Annual report of the Prince of Wales Medical College, Patna
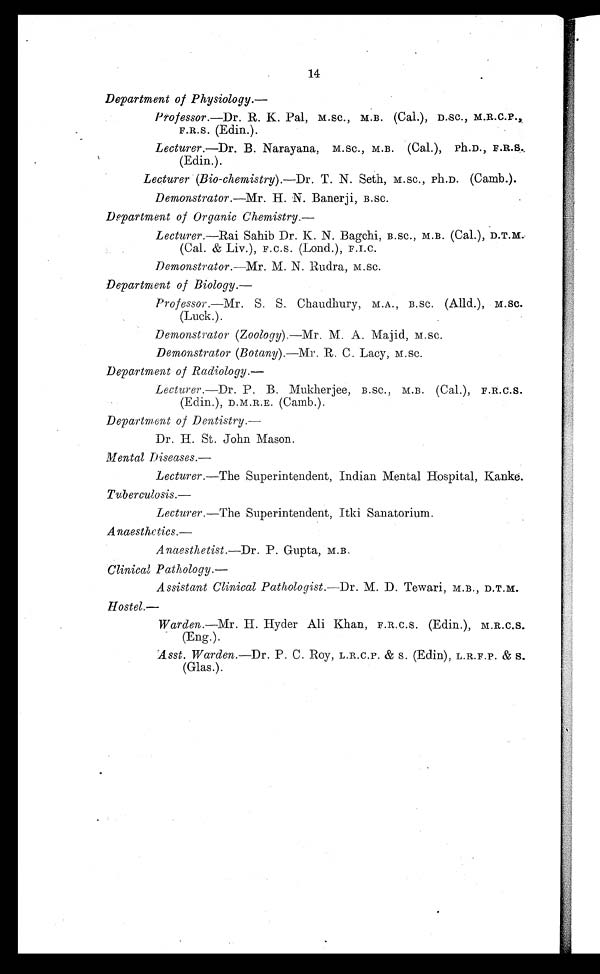
14
Department of Physiology.
—
Professor.—Dr. R. K. Pal , M. Sc. , M.B. (Cal.), D.SC., M.R.C.P.,
F.R.S. (Edin.).
Lecturer. —Dr. B. Narayana, M.SC., M.B. (Cal.), Ph.D., F.R.S.
(Edin.).
Lecturer (Bio-chemistry).—Dr. T. N. Seth, M.SC., Ph.D. (Camb.).
Demonstrator. —Mr. H. N. Banerji, B.SC.
Department of Organic Chemistry.
—
Lecturer. —Rai Sahib Dr. K. N. Bagchi, B.SC., M.B. (Cal.), D.T.M.
(Cal. & Liv.), F.C.S. (Lond.), F.I.C.
Demonstrator. —Mr. M. N. Rudra,
M.SC.
Department of Biology.
—
Professor. —Mr. S. S. Chaudhury, M.A., B.SC. (Alld.), M.SC.
(Luck.).
Demonstrator (Zoology).—Mr. M. A. Majid, M.SC.
Demonstrator (Botany).—Mr. R. C. Lacy, M.SC.
Department of Radiology.—
Lecturer. —Dr. P. B. Mukherjee, B.SC., M.B. (Cal.), F.R.C.S.
(Edin.), D.M.R.E. (Camb.).
Department of Dentistry.—
Dr. H. St. John Mason.
Mental Diseases.
—
Lecturer. —The Superintendent, Indian Mental Hospital, Kanke.
Tuberculosis.
—
Lecturer. —The Superintendent, Itki Sanatorium.
Anaesthetics.—
Anaesthetist. —Dr. P. Gupta, M.B.
Clinical Pathology.—
Assistant Clinical Pathologist. —Dr. M. D. Tewari, M.B., D.T.M.
Hostel.—
Warden. —Mr. H. Hyder Ali Khan, F.R.C.S. (Edin.), M.R.C.S.
(Eng.).
Asst. Warden. —Dr. P. C. Roy, L.R.C.P. & S. (Edin), L.R.F.P. & S.
(Glas.).